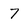
Character: 7